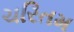
ચરિતમ